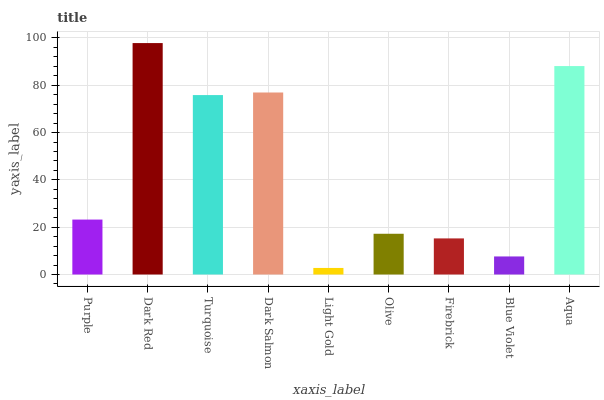
| xaxis_label | bars |
 | --- | --- |
 | Purple | 23.2 |
 | Dark Red | 97.8 |
 | Turquoise | 75.8 |
 | Dark Salmon | 76.9 |
 | Light Gold | 2.77 |
 | Olive | 17.2 |
 | Firebrick | 15.3 |
 | Blue Violet | 7.63 |
 | Aqua | 88.1 |